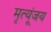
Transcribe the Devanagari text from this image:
मृत्यूंजय